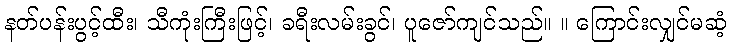
နတ်ပန်းပွင့်ထီး၊ သီကုံးကြီးဖြင့်၊ ခရီးလမ်းခွင်၊ ပူဇော်ကျင်သည်။ ။ ကြောင်းလျှင်မဆံ့